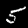
Digit: 5